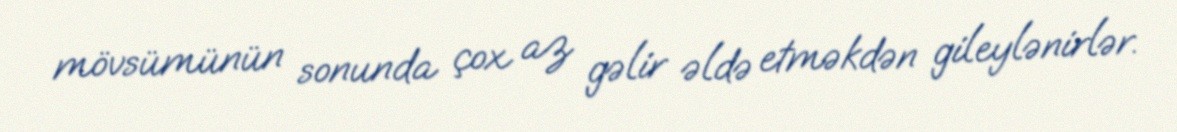
mövsümünün sonunda çox az gəlir əldə etməkdən gileylənirlər.